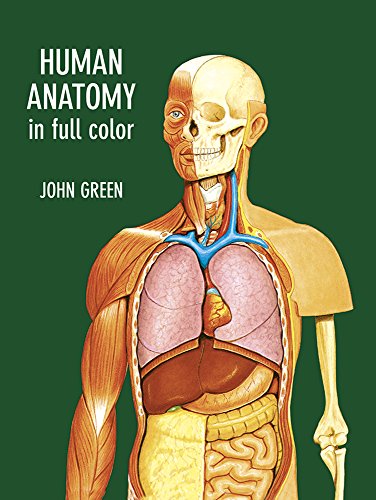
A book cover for Human Anatomy in Full Color (Dover Children's Science Books); John Green; Children's Books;